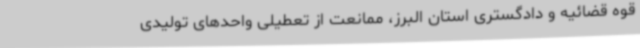
قوه قضائیه و دادگستری استان البرز، ممانعت از تعطیلی واحدهای تولیدی